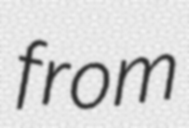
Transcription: from